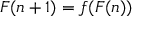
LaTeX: F ( n + 1 ) = f ( F ( n ) )